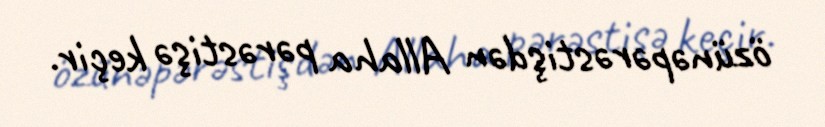
özünəpərəstişdən Allaha pərəstişə keçir.